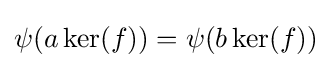
\psi (a\ker(f))=\psi (b\ker(f))